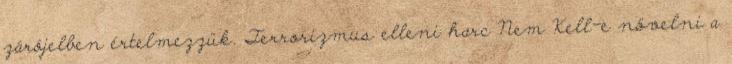
zárójelben értelmezzük. Terrorizmus elleni harc Nem Kell-e növelni a